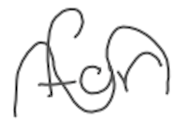
Text: for
Cross-out: wave
Writing tool: digital_gray